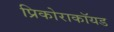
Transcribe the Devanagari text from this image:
प्रिकोराकॉयड